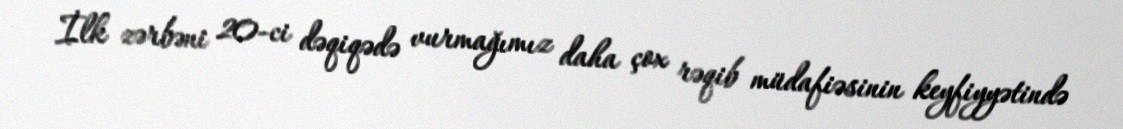
İlk zərbəni 20-ci dəqiqədə vurmağımız daha çox rəqib müdafiəsinin keyfiyyətində